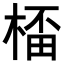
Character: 𣕨